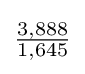
{\tfrac {3,888}{1,645}}